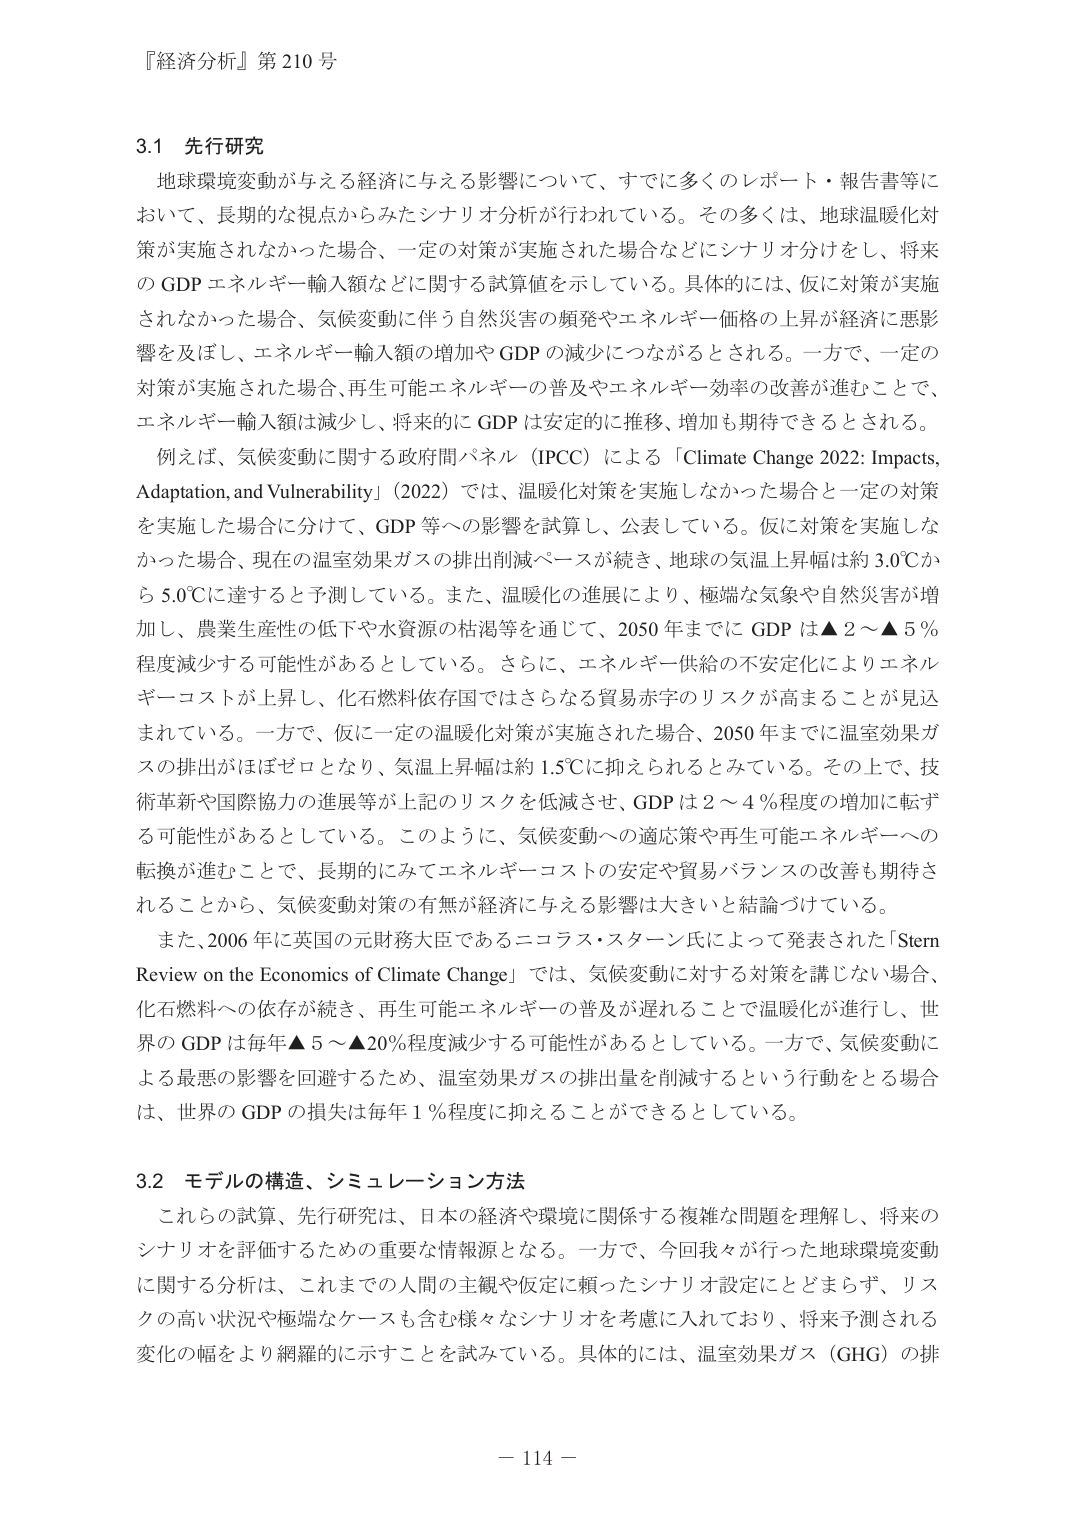
『経済分析』第210号

3.1 先行研究
地球環境変動が与える経済に与える影響について、すでに多くのレポート・報告書等において、長期的な視点からみたシナリオ分析が行われている。その多くは、地球温暖化対策が実施されなかった場合、一定の対策が実施された場合などにシナリオ分けをし、将来のGDPエネルギー輸入額などに関する試算値を示している。具体的には、仮に対策が実施されなかった場合、気候変動に伴う自然災害の頻発やエネルギー価格の上昇が経済に悪影響を及ぼし、エネルギー輸入額の増加やGDPの減少につながるとされる。一方で、一定の対策が実施された場合、再生可能エネルギーの普及やエネルギー効率の改善が進むことで、エネルギー輸入額は減少し、将来的にGDPは安定的に推移、増加も期待できるとされる。
例えば、気候変動に関する政府間パネル（IPCC）による「Climate Change 2022: Impacts, Adaptation, and Vulnerability」（2022）では、温暖化対策を実施しなかった場合と一定の対策を実施した場合に分けて、GDP等への影響を試算し、公表している。仮に対策を実施しなかった場合、現在の温室効果ガスの排出削減ペースが続き、地球の気温上昇幅は約3.0℃から5.0℃に達すると予測している。また、温暖化の進展により、極端な気象や自然災害が増加し、農業生産性の低下や水資源の枯渇等を通じて、2050年までにGDPは▲2～▲5％程度減少する可能性があるとしている。さらに、エネルギー供給の不安定化によりエネルギーコストが上昇し、化石燃料依存国ではさらなる貿易赤字のリスクが高まることが見込まれている。一方で、仮に一定の温暖化対策が実施された場合、2050年までに温室効果ガスの排出がほぼゼロとなり、気温上昇幅は約1.5℃に抑えられるとみている。その上で、技術革新や国際協力の進展等が上記のリスクを低減させ、GDPは2～4％程度の増加に転ずる可能性があるとしている。このように、気候変動への適応策や再生可能エネルギーへの転換が進むことで、長期的にみてエネルギーコストの安定や貿易バランスの改善も期待されることから、気候変動対策の有無が経済に与える影響は大きいと結論づけている。
また、2006年に英国の元財務大臣であるニコラス・スターン氏によって発表された「Stern Review on the Economics of Climate Change」では、気候変動に対する対策を講じない場合、化石燃料への依存が続き、再生可能エネルギーの普及が遅れることで温暖化が進行し、世界のGDPは毎年▲5～▲20％程度減少する可能性があるとしている。一方で、気候変動による最悪の影響を回避するため、温室効果ガスの排出量を削減するという行動をとる場合は、世界のGDPの損失は毎年1％程度に抑えることができるとしている。

3.2 モデルの構造、シミュレーション方法
これらの試算、先行研究は、日本の経済や環境に関係する複雑な問題を理解し、将来のシナリオを評価するための重要な情報源となる。一方で、今回我々が行った地球環境変動に関する分析は、これまでの人間の主観や仮定に頼ったシナリオ設定にとどまらず、リスクの高い状況や極端なケースも含む様々なシナリオを考慮に入れており、将来予測される変化の幅をより網羅的に示すことを試みている。具体的には、温室効果ガス（GHG）の排

－ 114 －